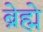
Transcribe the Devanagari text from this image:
ब्रेह्मे